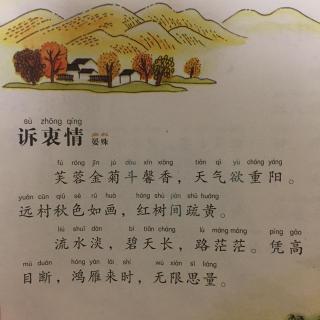
芙蓉金菊斗馨香。天气欲重阳。